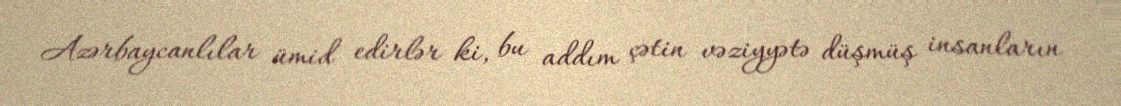
Azərbaycanlılar ümid edirlər ki, bu addım çətin vəziyyətə düşmüş insanların